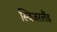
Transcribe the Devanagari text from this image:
स्विजरलैंड